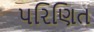
પરિણિત